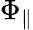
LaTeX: \Phi_{\parallel}